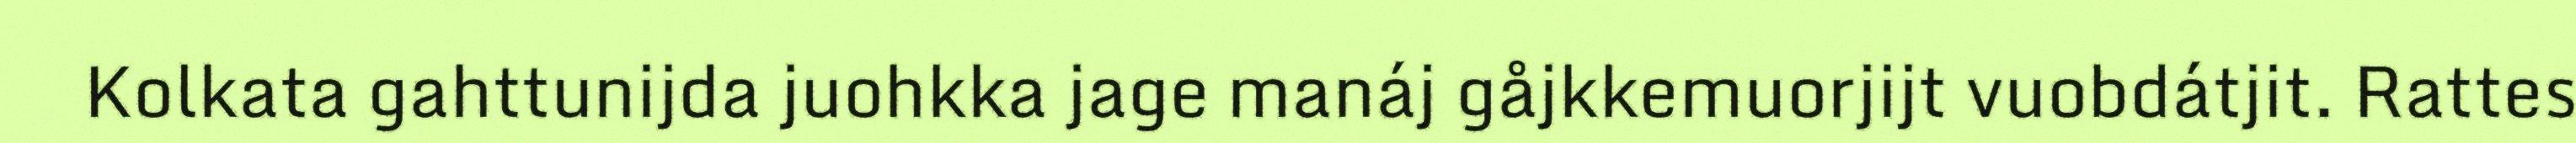
Kolkata gahttunijda juohkka jage manáj gåjkkemuorjijt vuobdátjit. Rattes